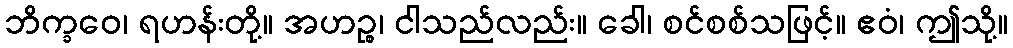
ဘိက္ခဝေ၊ ရဟန်းတို့။ အဟဉ္စ၊ ငါသည်လည်း။ ခေါ၊ စင်စစ်သဖြင့်။ ဧဝံ၊ ဤသို့။